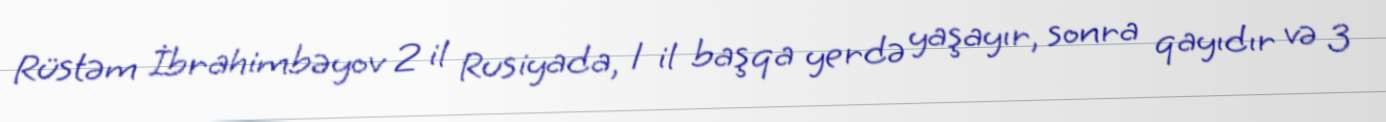
Rüstəm İbrahimbəyov 2 il Rusiyada, 1 il başqa yerdə yaşayır, sonra qayıdır və 3